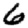
Digit: 6